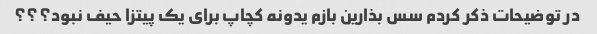
در توضیحات ذکر کردم سس بذارین بازم یدونه کچاپ برای یک پیتزا حیف نبود؟؟؟